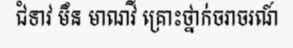
ជំទាវ មឹន មាណវី គ្រោះថ្នាក់ចរាចរណ៍